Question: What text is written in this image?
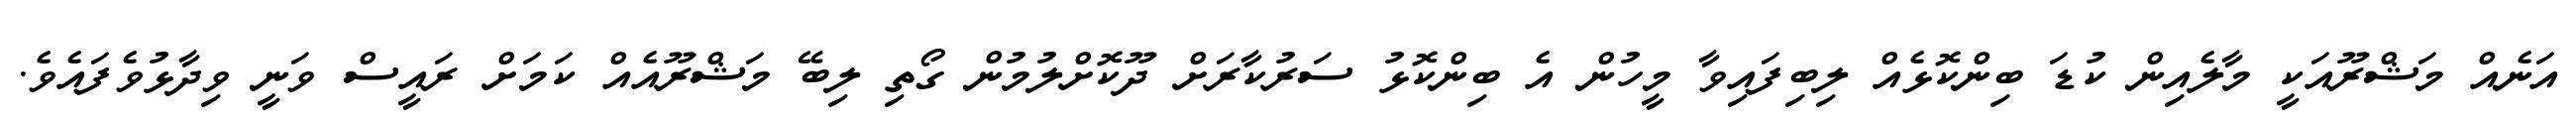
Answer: އަނެއް މަޝްރޫއަކީ މާލެއިން ކުޑަ ބިންކޮޅެއް ލިބިފައިވާ މީހުން އެ ބިންކޮޅު ސަރުކާރަށް ދޫކޮށްލުމުން ގޯތި ލިބޭ މަޝްރޫއެއް ކަމަށް ރައީސް ވަނީ ވިދާޅުވެފައެވެ.